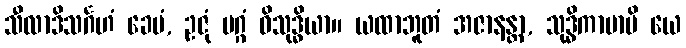
သီလာဒိသင်္ဂဟံ ခေမံ, ဥဇုံ မဂ္ဂံ ဝိသုဒ္ဓိယာ။ ယထာဘူတံ အဇာနန္တာ, သုဒ္ဓိကာမာပိ ယေ